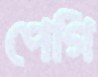
পেগি